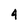
Character: 4